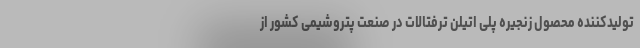
تولیدکننده محصول زنجیره پلی اتیلن ترفتالات در صنعت پتروشیمی کشور از